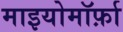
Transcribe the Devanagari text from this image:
माइयोमॉर्फ़ा